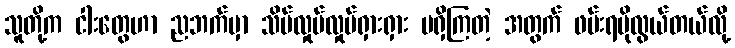
သူတို့က ငါးတွေဟာ ညဘက်မှာ သိပ်လှုပ်လှုပ်ရှားရှား မရှိကြတဲ့ အတွက် ဖမ်းရပိုလွယ်တယ်လို့